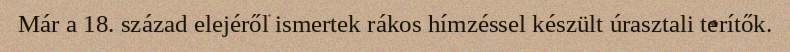
Már a 18. század elejéről ismertek rákos hímzéssel készült úrasztali terítők.